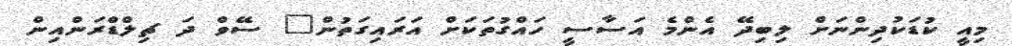
މިއީ ކުޑަކުދިންނަށް ލިބިދޭ އެންމެ އަސާސީ ހައްގުތަކަށް އަރައިގަތުން" ސޭވް ދަ ޗިލްޑްރަންއިން